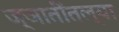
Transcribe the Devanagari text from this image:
ज्ञातींतल्या